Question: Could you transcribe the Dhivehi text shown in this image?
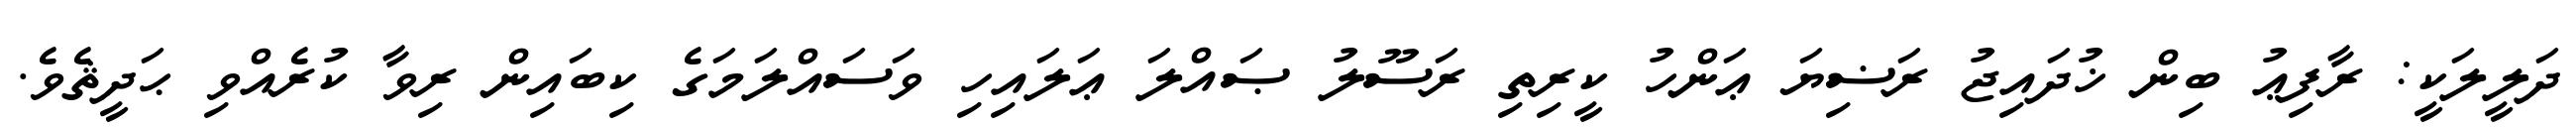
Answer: ދަލީލަކީ: ރާފިޢު ބިން ޚުދައިޖު ރަޟިޔަ ޢަންހު ކީރިތި ރަސޫލު ޞައްލަ ޢަލައިހި ވަސައްލަމަގެ ކިބައިން ރިވާ ކުރެއްވި ޙަދީޘެވެ.